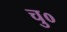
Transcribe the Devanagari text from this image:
चु०